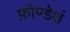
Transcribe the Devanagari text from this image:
फ़ॉण्डेशं